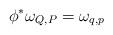
LaTeX: \begin{align*}\phi^{*}\omega_{Q,P}=\omega_{q,p}\end{align*}